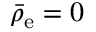
\bar { \rho } _ { \mathrm { e } } = 0